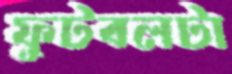
ফুটবলটা